Leaving Certificate Examination, 1913
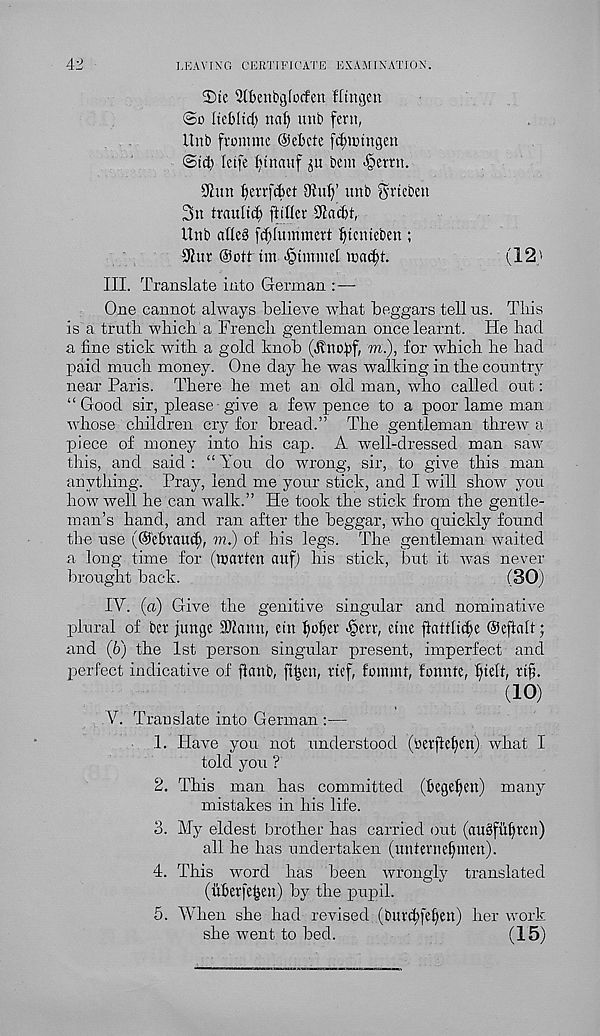
42
LEAVING CERTIFICATE EXAMINATION.
2)tc ^tbcnbglocfen fltngen
@o Itebltd) nal) mib fevn,
Unb fvomme @ebcte [dnuincjen
©id) Ictfe l)tnauf ju bem -§emi.
9iun f)en-fd)ct 9iu()’ unb grtcbcn
3n tvautid) (tider 9lad)t,
Unb atle§ [d)[ummert ^itcnteben ;
9?ur @ott tin «§tmmel tnac^t.
(12'
III. Translate into German :—
One cannot always believe what beggars tell us. This
is a truth which a French gentleman once learnt. He had
a fine stick with a gold knob (Uno^f, m.), for which he had
paid much money. One day he was walking in the country
near Paris. There he met an old man, who called out:
“Good sir, please give a few pence to a poor lame man
whose children cry for bread.” The gentleman threw a
piece of money into his cap. A well-dressed man saw
this, and said: “You do wrong, sir, to give this man
anything. Pray, lend me your stick, and I will show you
how well he can walk.” He took the stick from the gentle-
man’s hand, and ran after the beggar, wdio quickly found
the use (Gebvaud), to.) of his legs. The gentleman waited
a long time for (marten auf) his stick, but it was never
brought back.
(30)
IV. (a) Give the genitive singular and nominative
plural of ber junge Hi amt, ein Roller Jperr, cute ftaftltd>e ©eftalt;
and (6) the 1st person singular present, imperfect and
perfect indicative of ftanb, fttjen, ttef, fonimt, fonnte, ffielt, rtji.
(10)
V. Translate into German :—
1. Have you not understood (toerftd)en) what I
told you ?
2. This man has committed (bege^eu) many
mistakes in his life.
3. My eldest brother has carried out (augfufjren)
all he has undertaken (untevnefpmn).
4. This word has been wrongly translated
(uberfe&en) by the pupil.
5. When she had revised (burcfyfeljm) her work
she went to bed.
(15)